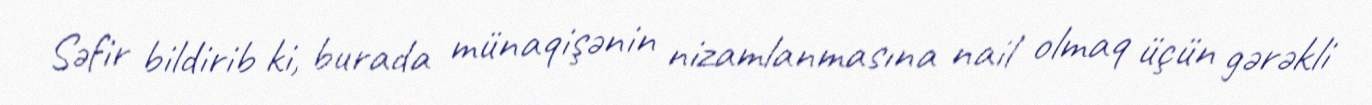
Səfir bildirib ki, burada münaqişənin nizamlanmasına nail olmaq üçün gərəkli